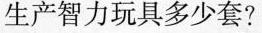
生产智力玩具多少套?